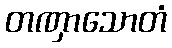
တဏှာသောတံ